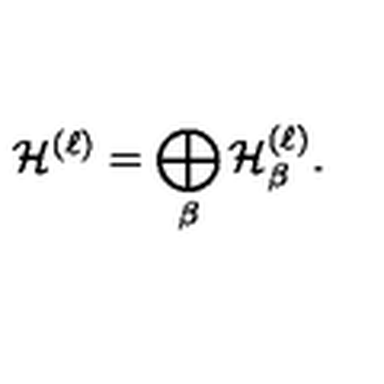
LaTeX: { \cal H } ^ { ( \ell ) } = \bigoplus _ { \beta } { \cal H } _ { \beta } ^ { ( \ell ) } .